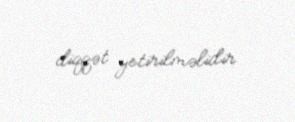
diqqət yetirilməlidir.